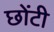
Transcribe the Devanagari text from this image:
छोंटी